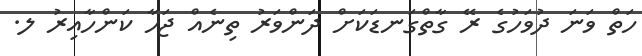
ހަތް ވަނަ ދުވަހުގެ ރޭ ގާތްގަނޑަކަށް ދަންވަރު ތިނެއްް ޖަހާ ކަންހާއިރު ލ.